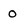
Character: o